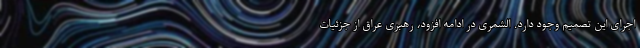
اجرای این تصمیم وجود دارد. الشمری در ادامه افزود، رهبری عراق از جزئیات